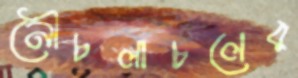
নৌচলাচলের